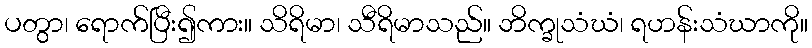
ပတွာ၊ ရောက်ပြီး၍ကား။ သိရိမာ၊ သီရိမာသည်။ ဘိက္ခုသံဃံ၊ ရဟန်းသံဃာကို။